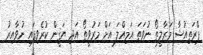
ޕްރަތިއުޝާ މަރާލީތޯ ނުވަތަ އަމިއްލަ އަށް މަރުވީތޯ އަދި ޔަޤީން ކުރެވިފައި ނުވާއިރު